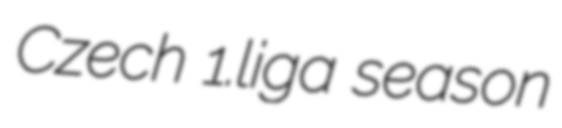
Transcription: Czech 1.liga season